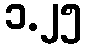
၁.၂၅